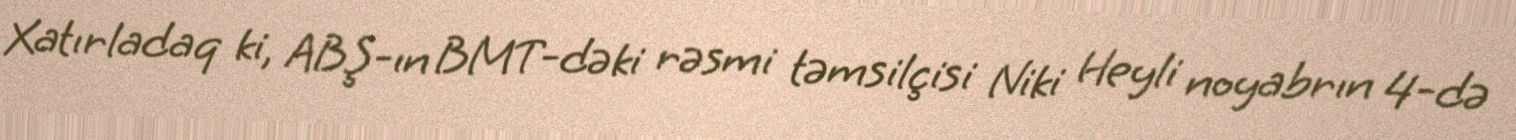
Xatırladaq ki, ABŞ-ın BMT-dəki rəsmi təmsilçisi Niki Heyli noyabrın 4-də